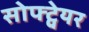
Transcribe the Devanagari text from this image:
सोफ्ट्वेयर